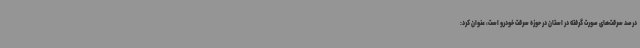
درصد سرقت‌های صورت گرفته در استان در حوزه سرقت خودرو است، عنوان کرد: